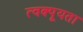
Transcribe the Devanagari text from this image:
त्वक्पूयता